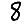
Digit: 8